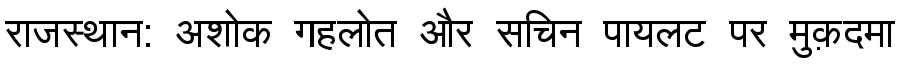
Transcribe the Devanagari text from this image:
राजस्थान: अशोक गहलोत और सचिन पायलट पर मुक़दमा